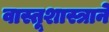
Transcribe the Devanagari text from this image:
वास्तूशास्त्राने